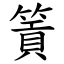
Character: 篢